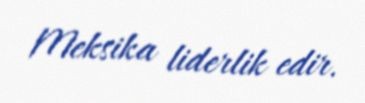
Meksika liderlik edir.